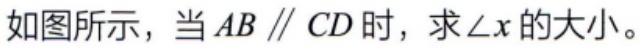
如图所示，当\(AB \parallel CD\)时，求\(\angle x\)的大小。